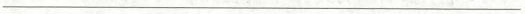
___